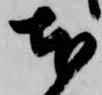
本